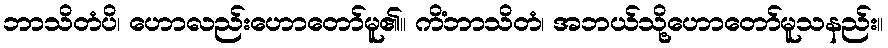
ဘာသိတံပိ၊ ဟောလည်းဟောတော်မူ၏။ ကိံဘာသိတံ၊ အဘယ်သို့ဟောတော်မူသနည်း။